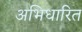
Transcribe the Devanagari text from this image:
अभिधारित